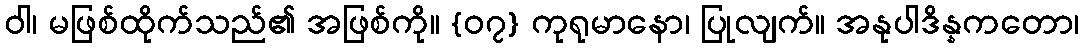
ဝါ၊ မဖြစ်ထိုက်သည်၏ အဖြစ်ကို။ {၀၇} ကုရုမာနော၊ ပြုလျက်။ အနုပါဒိန္နကတော၊